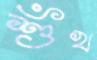
শুঁখ